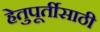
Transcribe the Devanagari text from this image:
हेतुपूर्तीसाठी